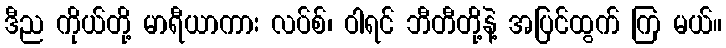
ဒီည ကိုယ်တို့ မာရီယာကား လပ်စ်၊ ဝါရင် ဘီတီတို့နဲ့ အပြင်ထွက် ကြ မယ်။